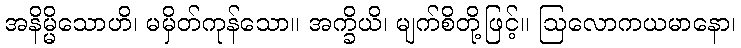
အနိမ္မိသောဟိ၊ မမှိတ်ကုန်သော။ အက္ခိယိ၊ မျက်စိတို့ဖြင့်။ ဩလောကယမာနော၊